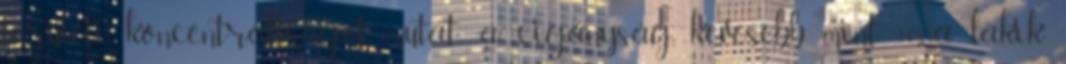
területi koncentráltságot mutat: a cigányság kevesebb mint 10%-a lakik